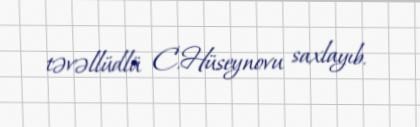
təvəllüdlü C.Hüseynovu saxlayıb.